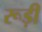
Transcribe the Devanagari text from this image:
रूड़ी